Annual report of the Central Committee of the Association together with the report of the directors of the Pasteur Institute at Kasauli
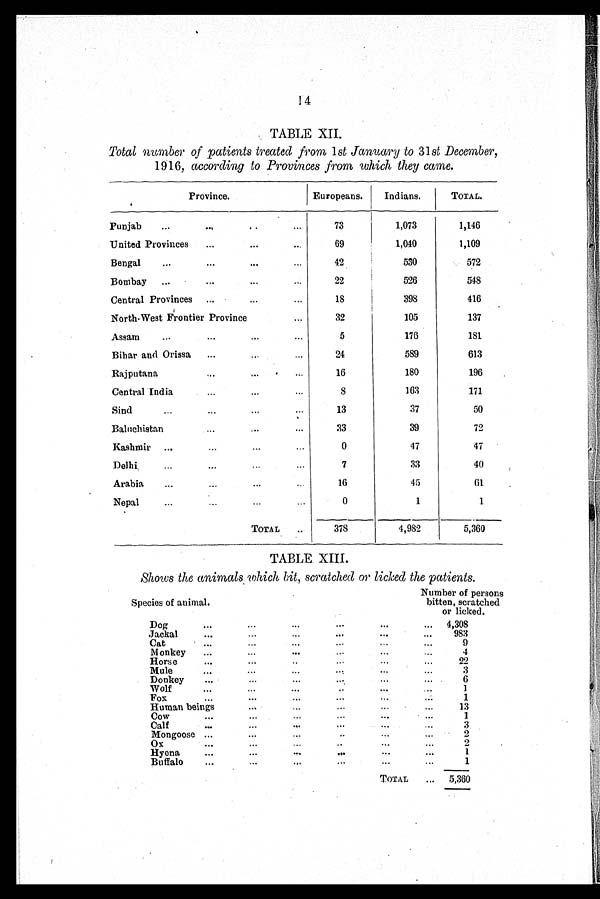
14
TABLE XII.
Total number of patients treated from 1 st January to 31 st December,
1916, according to Provinces from which they came.
Province.
Europeans.
Indians.
TOTAL.
Punjab
73
1,073
1,146
United Provinces
69
1,040
1,109
Bengal
42
530
572
Bombay
22
526
548
Central Provinces
1 8
398
416
North-West Frontier Province
32
105
137
Assam
5
176
181
Bihar and Orissa
24
589
613
Rajputana
16
180
196
Ce n t r a l I n d i a
8
163
171
Sind
13
37
50
Ba l u c h i s t a n
33
39
72
Kashmir
0
47
47
Delhi
7
33
40
Arabia
16
45
61
Nepal
0
1
1
TOTAL
378
4,982
5,360
TABLE XIII.
Shows the animals which bit . , scratched or licked the patients.
Species of animal,
Number of persons
bitten, scratched
or licked.
Dog
4,308
Jackal
983
Cat
9
Monkey
4
Horse
22
Mule
3
Donkey
6
Wolf
1
Fox
1
Human beings
13
Cow
1
Calf
3
Mongoose
2
Ox
2
Hyena
1
Buffalo
1
TOTAL
5,360